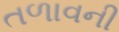
તળાવની